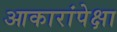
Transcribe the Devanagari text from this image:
आकारांपेक्षा